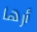
أرها